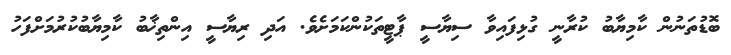
ބޮޑުތަނުން ކާމިޔާބު ކުރާނީ ގުޅިފައިވާ ސިޔާސީ ޕާޓީތަކުންކަމަށެވެ. އަދި ރިޔާސީ އިންތިޚާބު ކާމިޔާބުކުރުމަށްފަހު